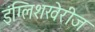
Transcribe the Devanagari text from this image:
इंग्लिशखेरीज